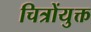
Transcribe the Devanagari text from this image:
चित्रोंयुक्त